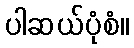
ပါဆယ်ပုံစံ။